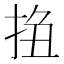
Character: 𢬆